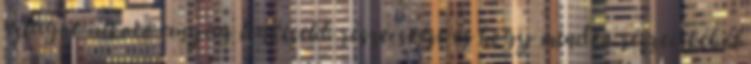
világot alkotó anyag legkisebb részecskéje és hogy minden részecskéből